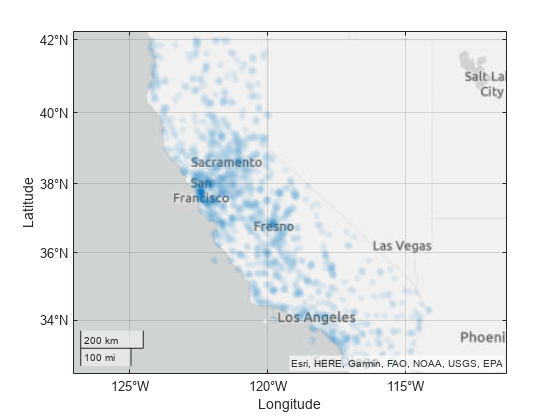
matlab, geodensityplot, alphamap